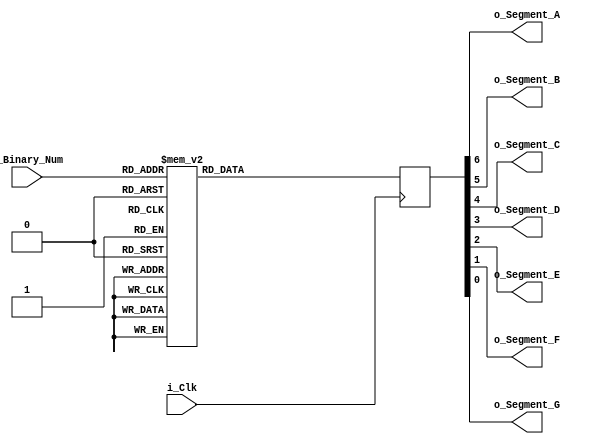
module Seven_Segment (
  input i_Clk,
  input [3:0] i_Binary_Num,
  output o_Segment_A,
  output o_Segment_B,
  output o_Segment_C,
  output o_Segment_D,
  output o_Segment_E,
  output o_Segment_F,
  output o_Segment_G );

reg [6:0] r_seg = 7'h00;

always @(posedge i_Clk) begin

  case (i_Binary_Num) 
    'h0 : r_seg = 7'b0000001;
    'h1 : r_seg = 7'b1001111;
    'h2 : r_seg = 7'b0010010;
    'h3 : r_seg = 7'b0000110;
    'h4 : r_seg = 7'b1001100;
    'h5 : r_seg = 7'b0100100;
    'h6 : r_seg = 7'b0100000;
    'h7 : r_seg = 7'b0001111;
    'h8 : r_seg = 7'b0000000;
    'h9 : r_seg = 7'b0000100;
    'hA : r_seg = 7'b0001000;
    'hB : r_seg = 7'b1100000;
    'hC : r_seg = 7'b0110001;
    'hD : r_seg = 7'b1000010;
    'hE : r_seg = 7'b0110000;
    'hF : r_seg = 7'b0111000;
    default : r_seg = 7'b1111111; 
  endcase
end

assign o_Segment_A = r_seg[6];
assign o_Segment_B = r_seg[5];
assign o_Segment_C = r_seg[4];
assign o_Segment_D = r_seg[3];
assign o_Segment_E = r_seg[2];
assign o_Segment_F = r_seg[1];
assign o_Segment_G = r_seg[0];

endmodule